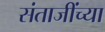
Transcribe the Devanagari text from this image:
संताजींच्या